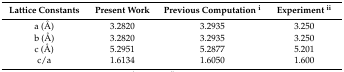
<table><thead><tr><td><b>Lattice Constants</b></td><td><b>Present Work</b></td><td><b>Previous Computation <sup>i</sup></b></td><td><b>Experiment <sup>ii</sup></b></td></tr></thead><tbody><tr><td>a (Å)</td><td>3.2820</td><td>3.2935</td><td>3.250</td></tr><tr><td>b (Å)</td><td>3.2820</td><td>3.2935</td><td>3.250</td></tr><tr><td>c (Å)</td><td>5.2951</td><td>5.2877</td><td>5.201</td></tr><tr><td>c/a</td><td>1.6134</td><td>1.6050</td><td>1.600</td></tr></tbody></table>